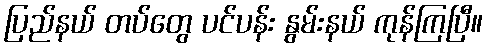
ပြည်နယ် တပ်တွေ ပင်ပန်း နွမ်းနယ် ကုန်ကြပြီ။